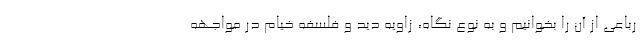
رباعی از آن را بخوانیم و به نوع نگاه، زاویه دید و فلسفه خیام در مواجهه